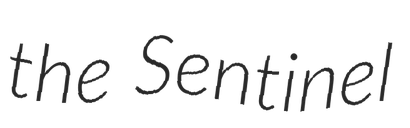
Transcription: the Sentinel